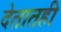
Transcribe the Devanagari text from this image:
देतातही